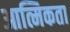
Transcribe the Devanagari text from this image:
आत्मिकता